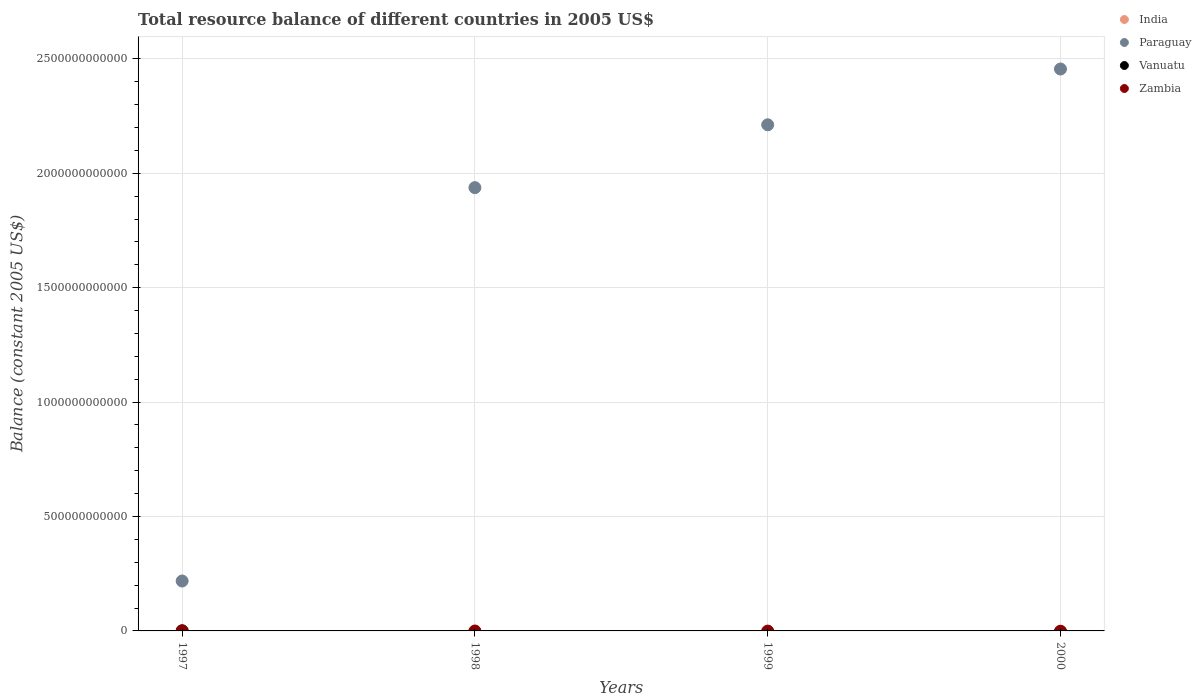
| Years | India | Paraguay | Vanuatu | Zambia |
 | --- | --- | --- | --- | --- |
 | 1997 | -1.91e+11 | 2.18e+11 | 5.14e+08 | -2e+08 |
 | 1998 | -2.95e+11 | 1.94e+12 | -3.4e+09 | -4.62e+08 |
 | 1999 | -3.8e+11 | 2.21e+12 | -5.7e+09 | -7.88e+08 |
 | 2000 | -1.94e+11 | 2.46e+12 | -3.29e+09 | -1.4e+09 |